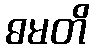
ဓမတိ